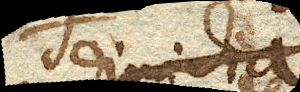
dimidia